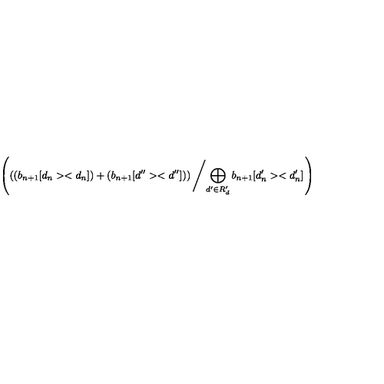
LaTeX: \left( \left( \left( b _ { n + 1 } [ d _ { n } > < d _ { n } ] \right) + \left( b _ { n + 1 } [ d ^ { \prime \prime } > < d ^ { \prime \prime } ] \right) \right) \left/ \bigoplus _ { d ^ { \prime } \in R _ { d } ^ { \prime } } b _ { n + 1 } [ d _ { n } ^ { \prime } > < d _ { n } ^ { \prime } ] \right. \right)